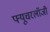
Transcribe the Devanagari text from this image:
फ्यूचरलॉजी